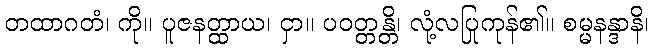
တထာဂတံ၊ ကို။ ပူဇနတ္ထာယ၊ ငှာ။ ပဝတ္တန္တိ၊ လုံ့လပြုကုန်၏။ စမ္မနန္ဒာနိ၊